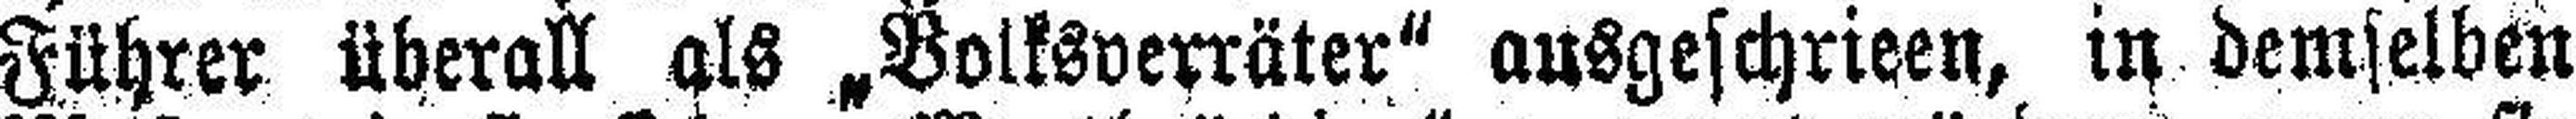
Führer überall als „Volksverräter“ ausgeschrieen, in demselben